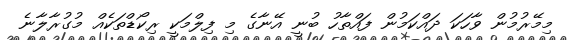
މިމޭރުމުން ވާހަކަ ދައްކަމުން ފައްތާހު ބުނީ އޭނާގެ މި ފިލްމަކީ ރިކޯޑްތަކެއް މުގުރާލާނެ